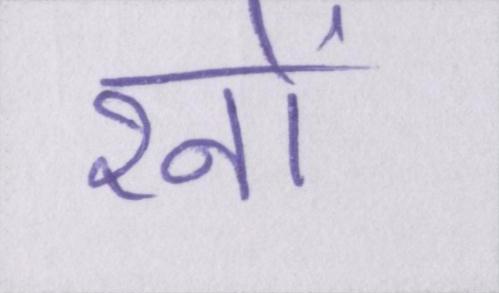
रनों